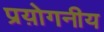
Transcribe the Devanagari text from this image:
प्रय़ोगनीय